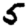
Digit: 5